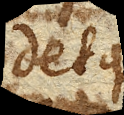
detque